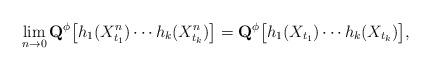
LaTeX: \begin{align*}\lim_{n\rightarrow 0}\mathbf{Q}^\phi\big[ h_1(X_{t_1}^n)\cdots h_k(X_{t_k}^n)\big ]=\mathbf{Q}^\phi\big[ h_1(X_{t_1})\cdots h_k(X_{t_k})\big ],\end{align*}